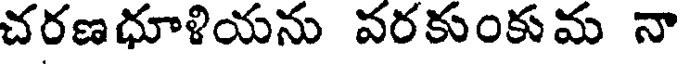
చరణధూళియను వరకుంకుమ నా